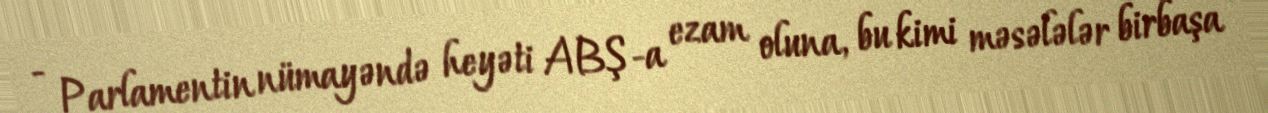
- Parlamentin nümayəndə heyəti ABŞ-a ezam oluna, bu kimi məsələlər birbaşa